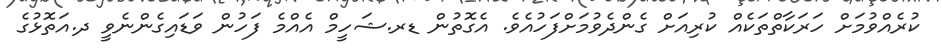
ކުރެއްވުމަށް ހަރަކާތްތަކެއް ކުރިއަށް ގެންދެވުމަށްފަހުއެވެ. އެގޮތުން ޑރ.ޝަހީމް އެއްމެ ފަހުން ވަޑައިގެންނެވީ ދ.އަތޮޅުގެ